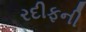
રદીફની